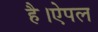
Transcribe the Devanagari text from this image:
है।ऐपल